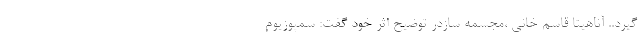
گیرد.. آناهیتا قاسم خانی ،مجسمه سازدر توضیح اثر خود گفت: سمپوزیوم